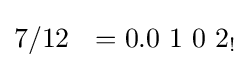
7/12\ \ =0.0\ 1\ 0\ 2_{!}